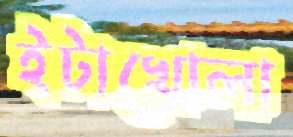
ইটাখোলা